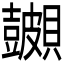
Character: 𬥪